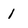
Character: 1